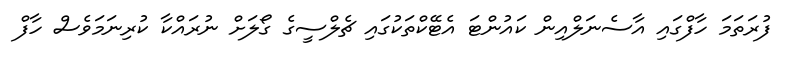
ފުރަތަމަ ހާފްގައި އާސެނަލްއިން ކައުންޓަ އެޓޭކްތަކުގައި ޗެލްސީގެ ގޯލަށް ނުރައްކާ ކުރިނަމަވެސް ހާފް